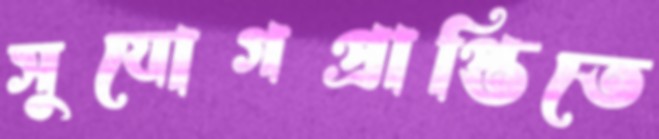
সুযোগপ্রাপ্তিতে